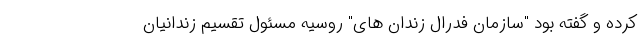
کرده و گفته بود "سازمان فدرال زندان های" روسیه مسئول تقسیم زندانیان